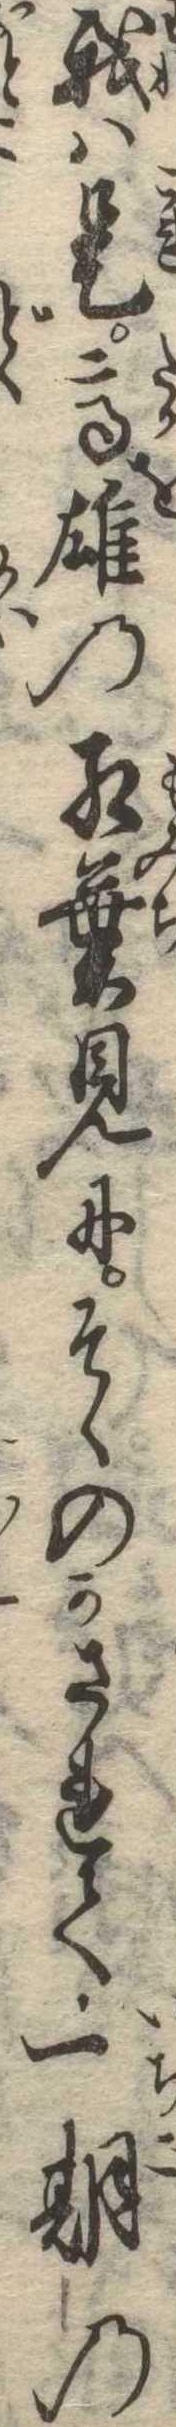
我は是高雄の紅葉見にそゝのかされて一期の